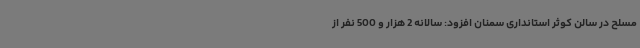
مسلح در سالن کوثر استانداری سمنان افزود: سالانه 2 هزار و 500 نفر از